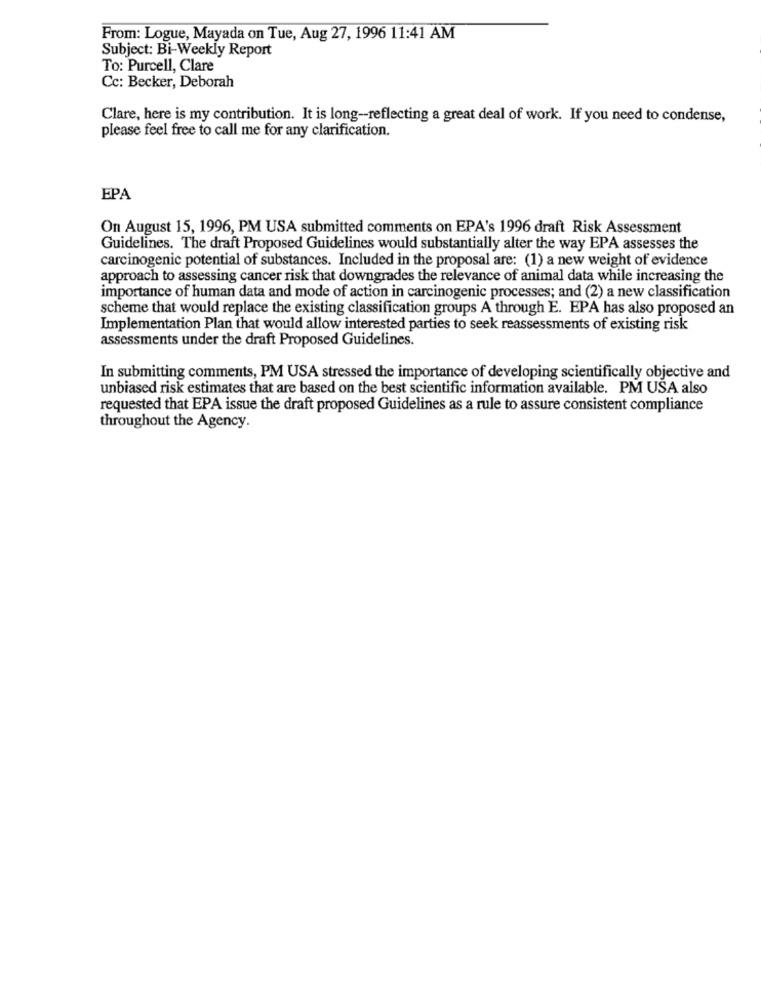
From: Logue, Mayada on Tue, Aug 27, 1996 11:41 AM
Subject: Bi-Weekly Report
To: Purcell, Clare
Cc: Becker, Deborah
Clare, here is my contribution. It is long -- reflecting a great deal of work. If you need to condense,
please feel free to call me for any clarification.
EPA
On August 15, 1996, PM USA submitted comments on EPA's 1996 draft Risk Assessment
Guidelines. The draft Proposed Guidelines would substantially alter the way EPA assesses the
carcinogenic potential of substances. Included in the proposal are: (1) a new weight of evidence
approach to assessing cancer risk that downgrades the relevance of animal data while increasing the
importance of human data and mode of action in carcinogenic processes; and (2) a new classification
scheme that would replace the existing classification groups A through E. EPA has also proposed an
Implementation Plan that would allow interested parties to seek reassessments of existing risk
assessments under the draft Proposed Guidelines.
In submitting comments, PM USA stressed the importance of developing scientifically objective and
unbiased risk estimates that are based on the best scientific information available. PM USA also
requested that EPA issue the draft proposed Guidelines as a rule to assure consistent compliance
throughout the Agency.